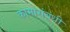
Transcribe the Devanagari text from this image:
कामासंबंधी